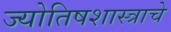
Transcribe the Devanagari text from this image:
ज्योतिषशास्त्राचे